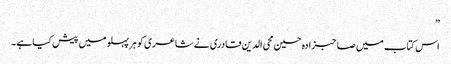
”
اس کتاب میں صاحبزادہ حسین محی الدین قادری نے شاعری کو ہر پہلو میں پیش کیا ہے۔